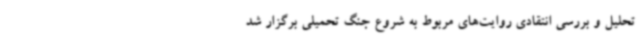
تحلیل و بررسی انتقادی روایت‌های مربوط به شروع جنگ تحمیلی برگزار شد